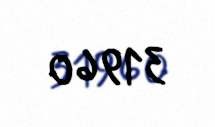
31960